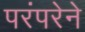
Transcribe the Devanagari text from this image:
परंंपरेने